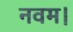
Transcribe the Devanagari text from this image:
नवम।